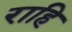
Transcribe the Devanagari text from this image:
राहि